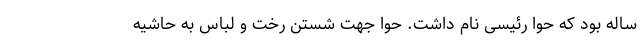
ساله بود که حوا رئیسی نام داشت. حوا جهت شستن رخت و لباس‌ به حاشیه